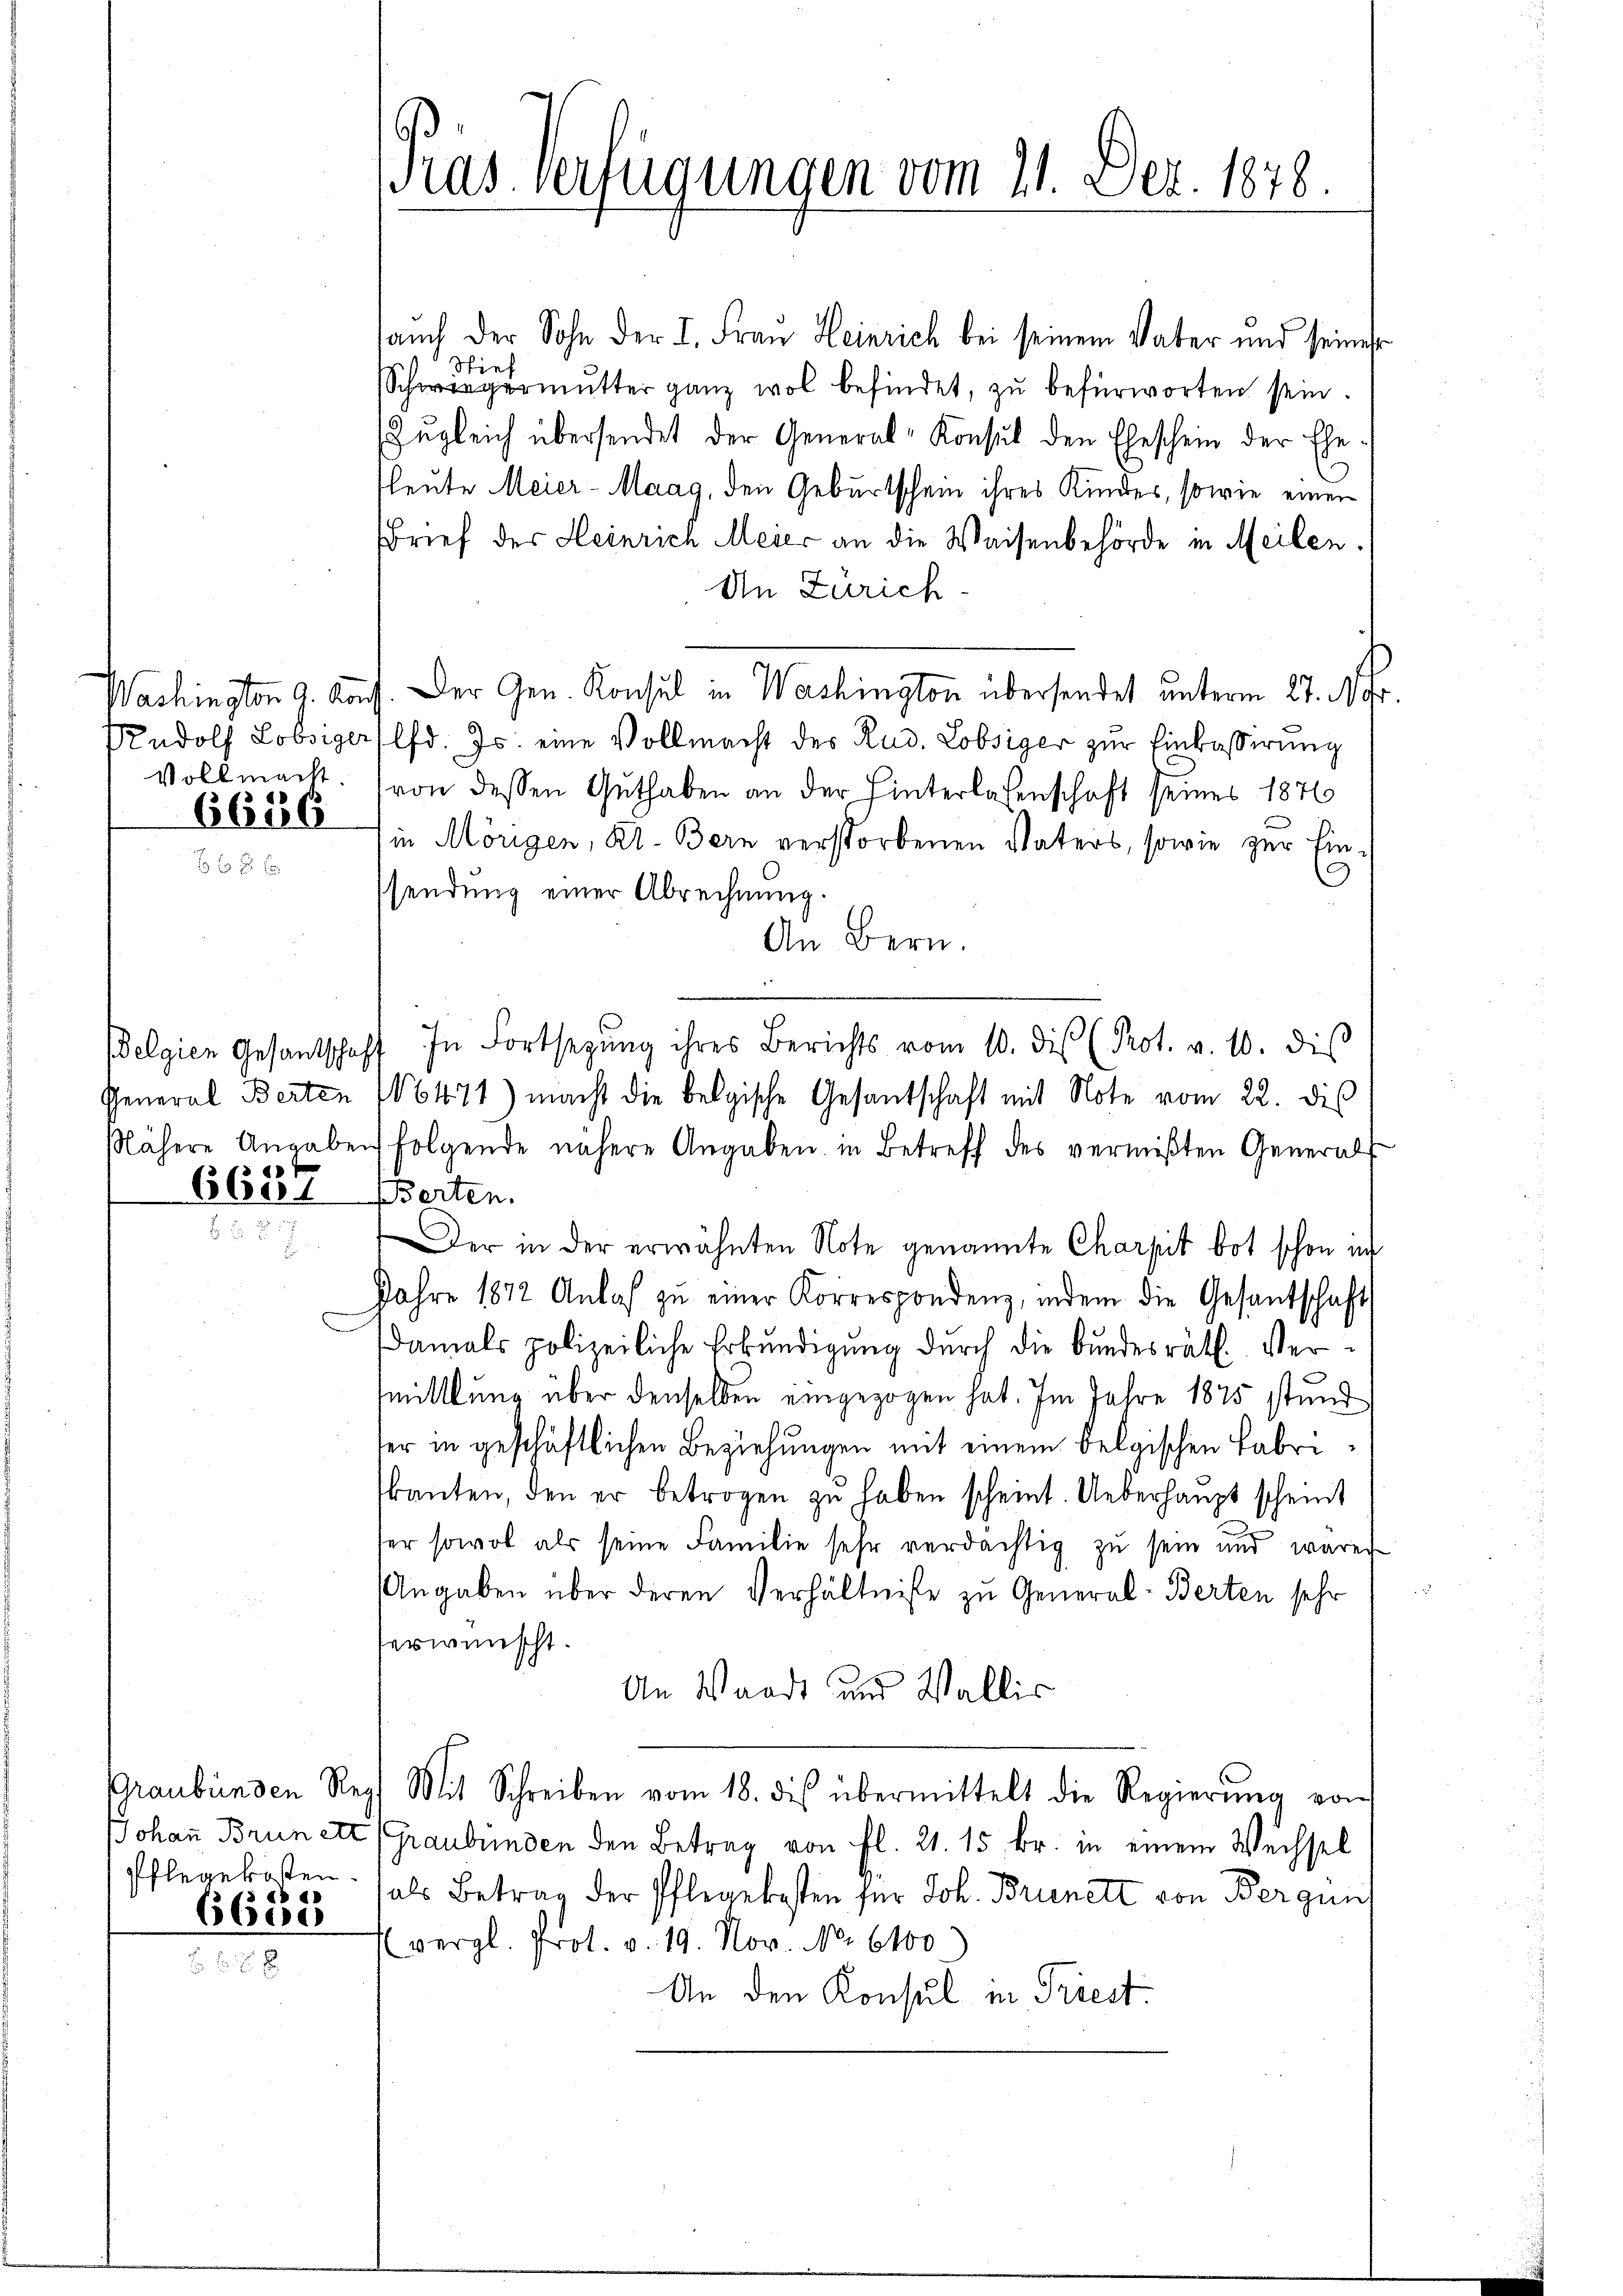
6686

Belgien Gesandtschaft
4

6685

Pras Verfügungen vom 21. Dez. 1878.

auch der Sohn der I. Frau Heinrich bei seinem Vater und seiner
Wie
Schwiegermutter ganz wol befindet, zu befürworten sein.
Zugleich übersendet der General-Konsul den Eheschein der Ehe-
fleute Meier-Maag, den Geburtschein ihres Kindes, sowie einer
Brief der Heinrich Meier an die Waisenbehörde in Meilen.
An Zürich
Washington 9. Kauf. Der Gen. Konsul in Washington übersendet unterm 27. Nr.
Rudolf Lobsigers lfd. Js. eine Vollmacht des Rud. Lobsiger zŭr Einkasserung
Vollmacht. (von dessen Guthaben an der Hinterlassenschaft seines 1876
in Mörigen, Kt. Bern verstorbenen Vaters, sowie zur Ein¬
9
sendung einer Abrechnung.
An Bern.
In Fortsetzŭng ihres Berichts vom 10. dis (Prot. v. 10. dis
General Berten 16471) macht die belgische Gesandschaft mit Note vom 22. dis
lähere Angaben folgende nähere Angaben in Betreff des vermißten General-
6Cet Berten.
Der in der erwähnten Note genannte Charpit bot schon in
Jahre 1842 Anlaβ zŭ einer Korrespondenz, indem die Gesandschaft
damals polizeiliche Erbundigung durch die Bundesräth. Vermittlung über denselben eingezogen hat. Im Jahre 1875 stund
ter in geschäftlichen Beziehungen mit einem belgischen Fabrikanten, den er betrogen zŭ haben scheint. Ueberhaupt scheint
ser sowol als seine Familie sehr verdächtig zu sein und warer
Angaben über deren Verhältnisse zu General-Berten sehr
erwünscht.
An Waadt und Wallis
Graubünden Reg. Mit Schreiben vom 18. des übermittelt die Regierŭng von
JJohann Brunett (Graubünden den Betrag von fl. 21. 15 kr. in einem Wechsel
Pflegekosten, als Betrag der Pflegekosten für Joh. Brienett von Bergun
Evergl. Prot. v. 19. Nov. No. 6100
An den Konsul in Priest.